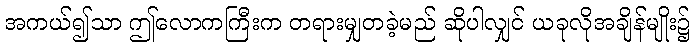
အကယ်၍သာ ဤလောကကြီးက တရားမျှတခဲ့မည် ဆိုပါလျှင် ယခုလိုအချိန်မျိုး၌